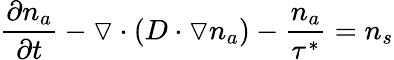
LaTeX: \frac{\partial n_{a}}{\partial t}-\triangledown\cdot(D\cdot\triangledown n_{a})-\frac{n_{a}}{\tau^{*}}=n_{s}